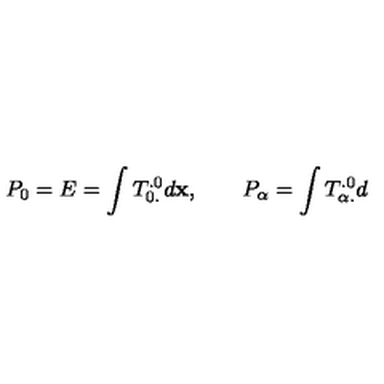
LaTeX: P _ { 0 } = E = \int T _ { 0 . } ^ { . 0 } d { \bf x } , \qquad P _ { \alpha } = \int T _ { \alpha . } ^ { . 0 } d